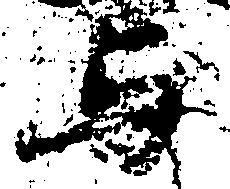
与